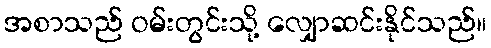
အစာသည် ဝမ်းတွင်းသို့ လျှောဆင်းနိုင်သည်။